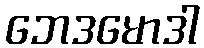
ဘေဒမောဒါ